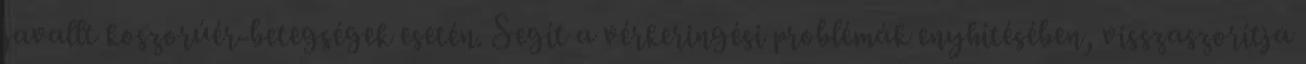
javallt koszorúér-betegségek esetén. Segít a vérkeringési problémák enyhítésében, visszaszorítja